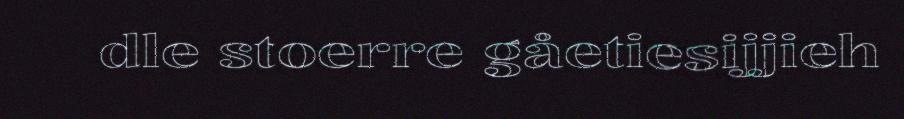
dle stoerre gåetiesijjieh